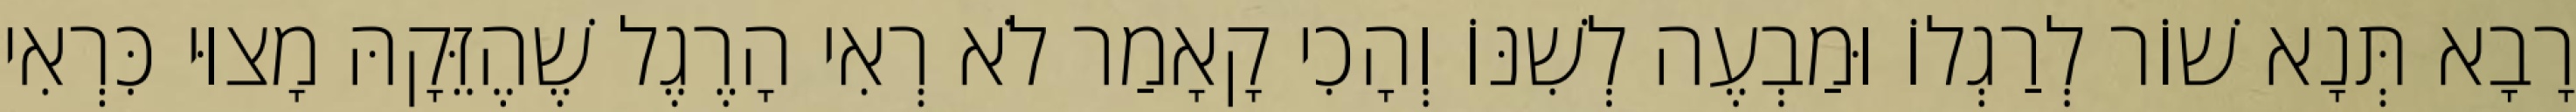
רָבָא תְּנָא שׁוֹר לְרַגְלוֹ וּמַבְעֶה לְשִׁנּוֹ וְהָכִי קָאָמַר לֹא רְאִי הָרֶגֶל שֶׁהֶזֵּקָהּ מָצוּי כִּרְאִי